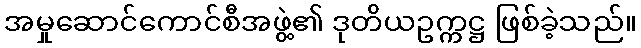
အမှုဆောင်ကောင်စီအဖွဲ့၏ ဒုတိယဥက္ကဋ္ဌ ဖြစ်ခဲ့သည်။